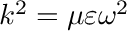
k ^ { 2 } = \mu \varepsilon \omega ^ { 2 }